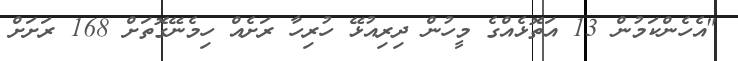
"އެހެންކަމުން 13 އަތޮޅެއްގެ މީހުން ދިރިއުޅޭ ހުރިހާ ރަށެއް ހިމެނޭގޮތަށް 168 ރަށަށް